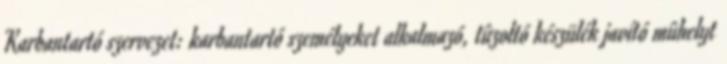
Karbantartó szervezet: karbantartó személyeket alkalmazó, tûzoltó készülék javító mûhelyt